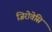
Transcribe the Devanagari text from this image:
जिरोवेसि